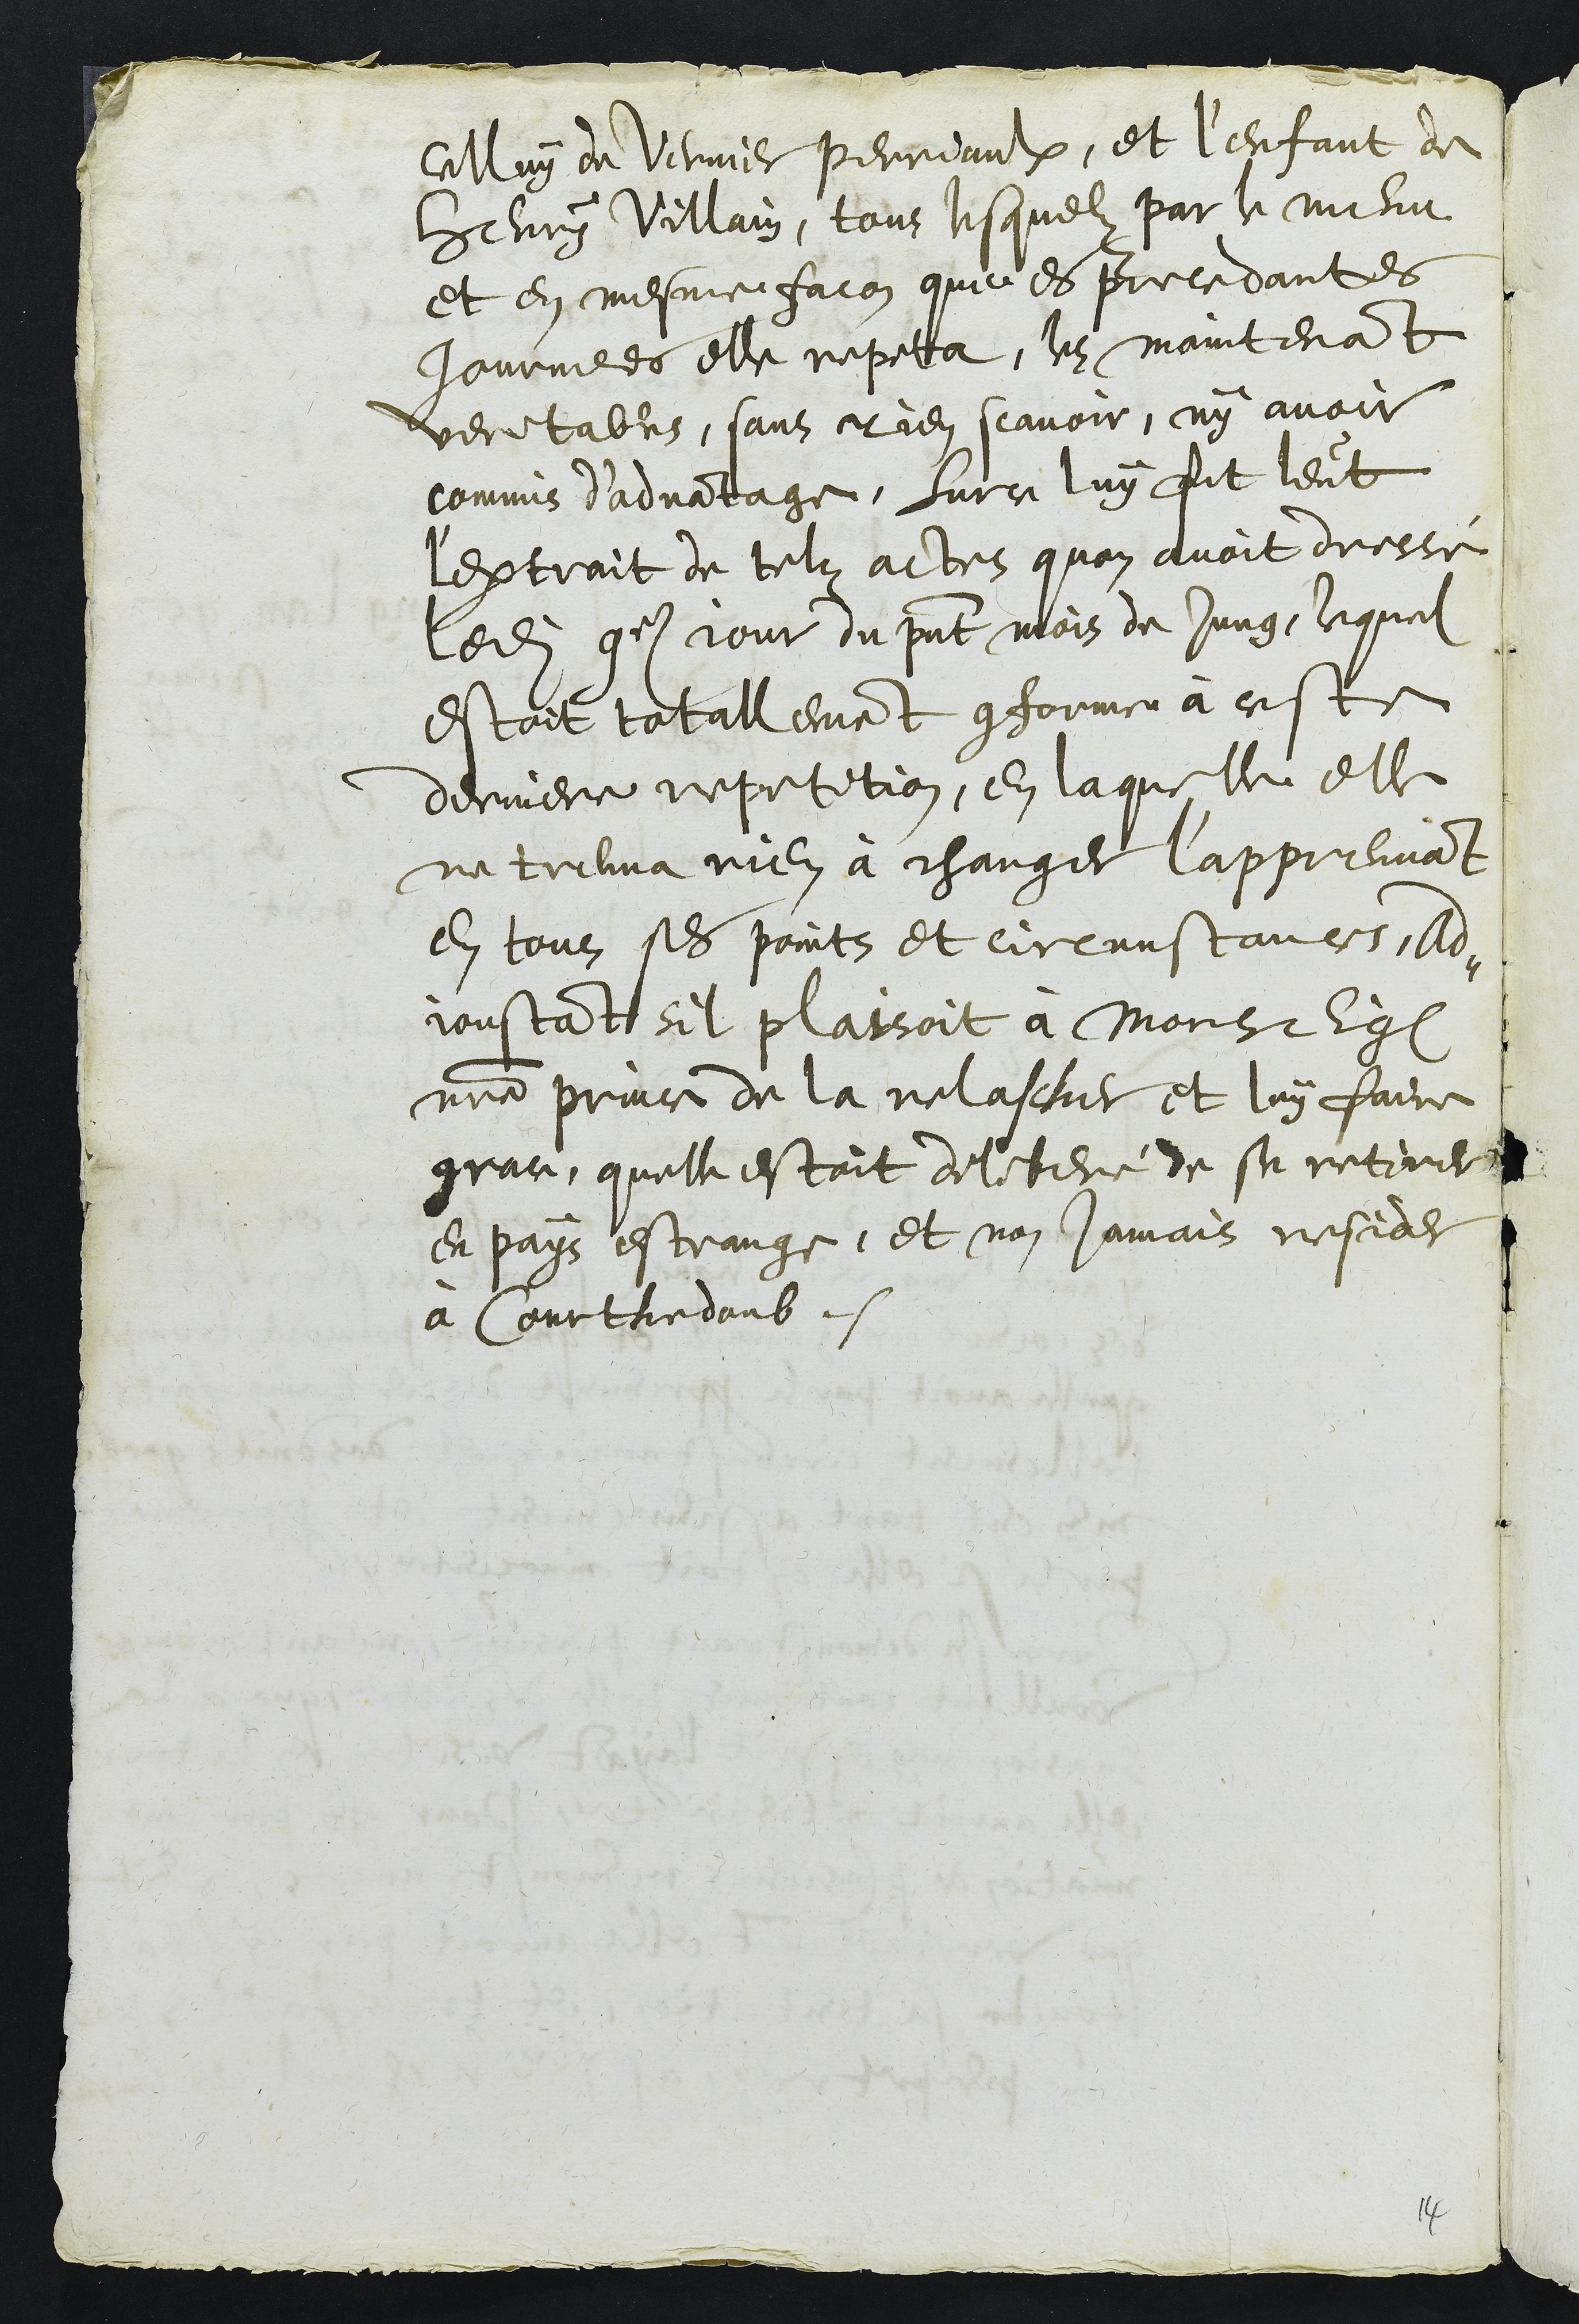
celluy du Vernier Perriaulx, et l’enfant de
Henry Villain, tout lesquelz par le menu
et en mesme facon que es precedantes
journees elle repeta, les maintenant
veritables, sans rien scavoir, ny avoir
commis d'advantage, surce luy fut leut
l'extrait de telz actes quon avoit dressé
ledit 9e jour du present mois de Jung, lequel
estoit totalement conforme à ceste
derniere repetition, en laquelle elle
ne treuva rien à changer l’appreuvant
en tous ses points et circunstances, Ad-
joustant sil plaisoit à Monseigneur Eveque
notre prince de la relascher et luy faire
grace, quelle estoit deliberé de se retirer
en pays estrange, et non jamais resider
à Courthedoub.